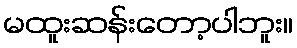
မထူးဆန်းတော့ပါဘူး။